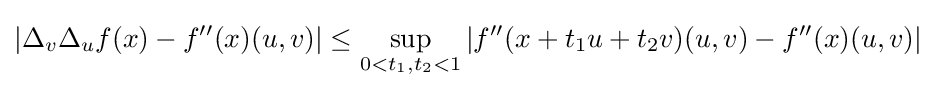
|\Delta _{v}\Delta _{u}f(x)-f''(x)(u,v)|\leq \sup _{0<t_{1},t_{2}<1}|f''(x+t_{1}u+t_{2}v)(u,v)-f''(x)(u,v)|